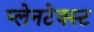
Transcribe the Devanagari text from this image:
प्लेनटेक्स्ट